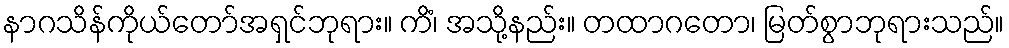
နာဂသိန်ကိုယ်တော်အရှင်ဘုရား။ ကိံ၊ အသို့နည်း။ တထာဂတော၊ မြတ်စွာဘုရားသည်။